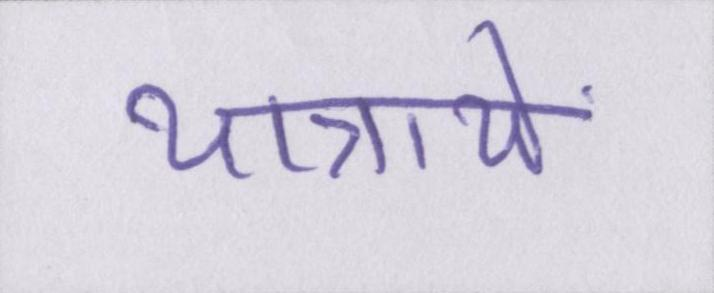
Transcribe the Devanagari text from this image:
यात्रायें